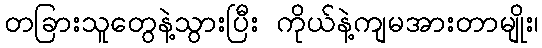
တခြားသူတွေနဲ့သွားပြီး ကိုယ်နဲ့ကျမအားတာမျိုး၊